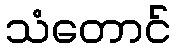
သံတောင်